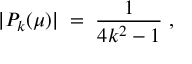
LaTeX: | P _ { k } ( \mu ) | \; = \; \frac { 1 } { 4 k ^ { 2 } - 1 } \; ,